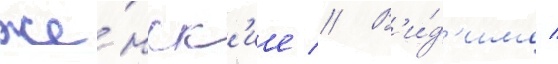
же́нск'ие // В'и́д'имо /